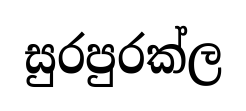
සුරපුරක්ල